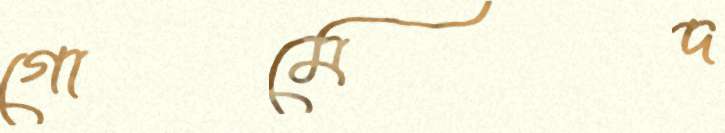
গোমেদ